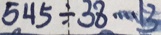
5 4 5 \div 3 8 \cdots 1 3